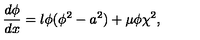
\frac { d \phi } { d x } = \l \phi ( \phi ^ { 2 } - a ^ { 2 } ) + \mu \phi \chi ^ { 2 } ,